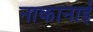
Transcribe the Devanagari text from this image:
नाकानाई